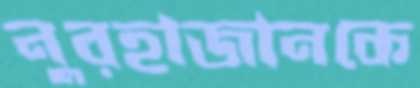
নুরহাজানকে